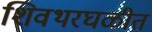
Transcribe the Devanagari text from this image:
शिवथरघळीत